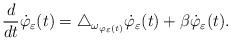
LaTeX: \begin{align*}\frac{d}{dt}\dot{\varphi}_{\varepsilon}(t)=\triangle_{\omega_{\varphi_{\varepsilon}(t)}}\dot{\varphi}_{\varepsilon}(t)+\beta\dot{\varphi}_{\varepsilon}(t).\end{align*}